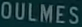
OULMES